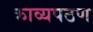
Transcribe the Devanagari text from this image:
काव्यपठण